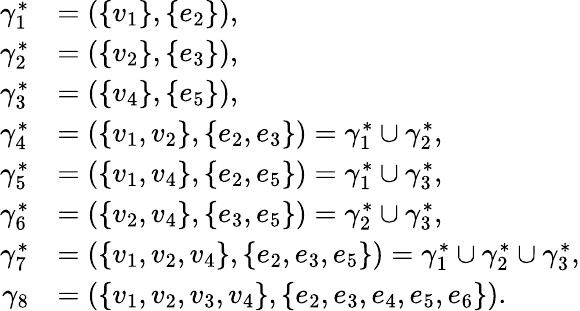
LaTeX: \begin{array}{rl}{\gamma_{1}^{\ast}}&{=(\{ v_{1}\} ,\{ e_{2}\} ),}\\ {\gamma_{2}^{\ast}}&{=(\{ v_{2}\} ,\{ e_{3}\} ),}\\ {\gamma_{3}^{\ast}}&{=(\{ v_{4}\} ,\{ e_{5}\} ),}\\ {\gamma_{4}^{\ast}}&{=(\{ v_{1},v_{2}\} ,\{ e_{2},e_{3}\} )=\gamma_{1}^{\ast}\cup\gamma_{2}^{\ast},}\\ {\gamma_{5}^{\ast}}&{=(\{ v_{1},v_{4}\} ,\{ e_{2},e_{5}\} )=\gamma_{1}^{\ast}\cup\gamma_{3}^{\ast},}\\ {\gamma_{6}^{\ast}}&{=(\{ v_{2},v_{4}\} ,\{ e_{3},e_{5}\} )=\gamma_{2}^{\ast}\cup\gamma_{3}^{\ast},}\\ {\gamma_{7}^{\ast}}&{=(\{ v_{1},v_{2},v_{4}\} ,\{ e_{2},e_{3},e_{5}\} )=\gamma_{1}^{\ast}\cup\gamma_{2}^{\ast}\cup\gamma_{3}^{\ast},}\\ {\gamma_{8}}&{=(\{ v_{1},v_{2},v_{3},v_{4}\} ,\{ e_{2},e_{3},e_{4},e_{5},e_{6}\} ).}\end{array}